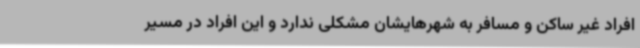
افراد غیر ساکن و مسافر به شهرهایشان مشکلی ندارد و این افراد در مسیر